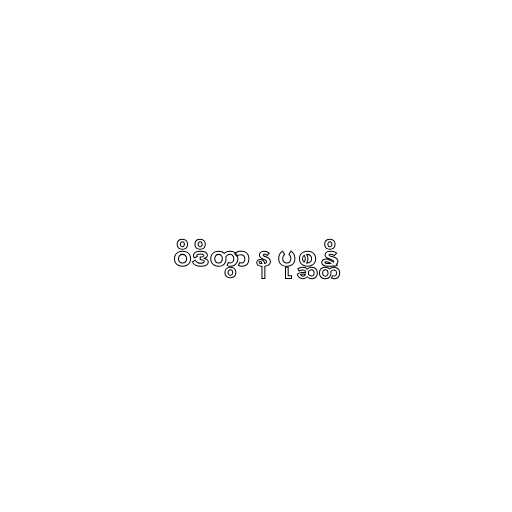
ဝိဒိတွာ န ပုစ္ဆန္တိ